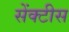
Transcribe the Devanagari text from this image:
सेंक्टीस